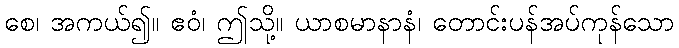
စေ၊ အကယ်၍။ ဧဝံ၊ ဤသို့။ ယာစမာနာနံ၊ တောင်းပန်အပ်ကုန်သော